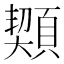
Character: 䫔